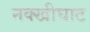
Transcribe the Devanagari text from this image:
नक्खीघाट